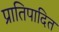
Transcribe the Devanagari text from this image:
प्रातिपादित